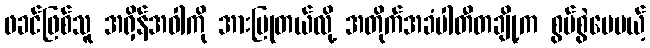
ဖခင်ဖြစ်သူ အရှိန်အဝါကို အားပြုတယ်လို့ အတိုက်အခံပါတီတချို့က စွပ်စွဲပေမယ့်